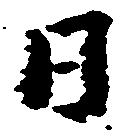
日